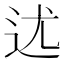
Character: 𨑫